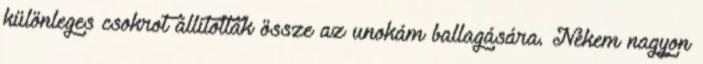
különleges csokrot állítottak össze az unokám ballagására. Nekem nagyon